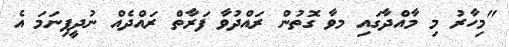
"މިހާރު މި މާއްދާގައި މވާ ގޮތުން ރައްދުވާ ފަރާތް ރައްދެއް ނުދީފިނަމަ އެ